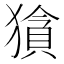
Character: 𱮜